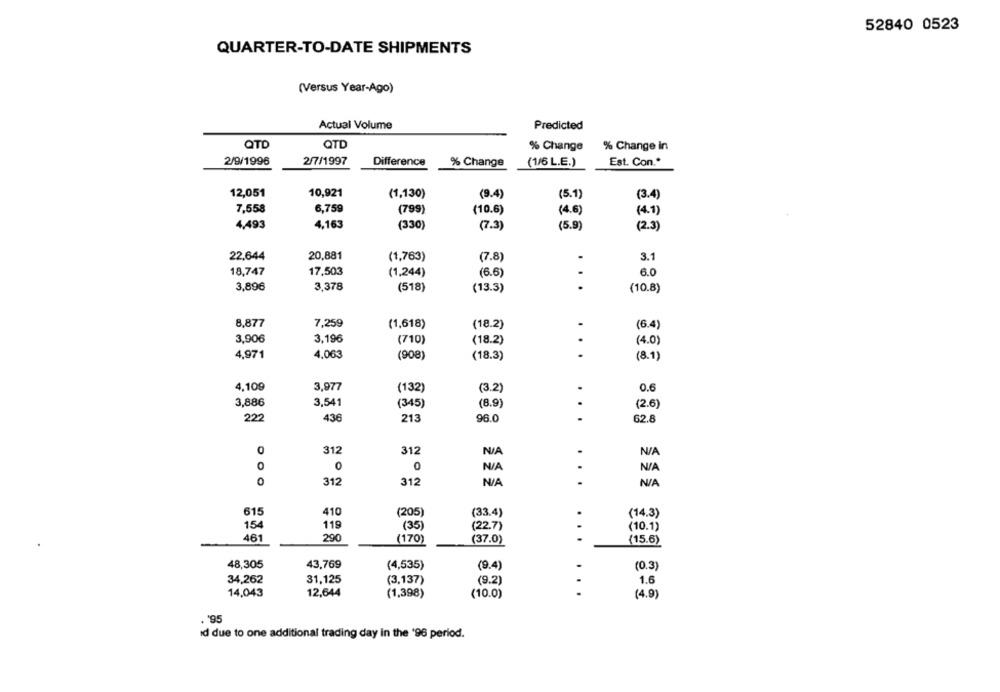
52840 0523
QUARTER-TO-DATE SHIPMENTS
(Versus Year-Ago)
Actual Volume
Predicted
QTD
QTD
% Change
% Change in
2/9/1996
2/7/1997
Difference
% Change
(1/6 L.E.)
Est. Con .*
12,051
10,921
(1,130)
(9.4)
(5.1)
(3.4)
6,759
7,558
(799)
(10.6)
(4.6)
(4.1)
4,493
4,163
(330)
(7.3)
(5.9)
(2.3)
22.644
20,881
3.1
(1,763)
(7.8)
18,747
17,503
(1,244)
(6.6)
6.0
3,896
3,378
(518)
(13.3)
...
(10.8)
8,877
7,259
(1,618)
(18.2)
(6.4)
3,906
3,196
(710)
(18.2)
(4.0)
4,971
4,063
(908)
(18.3)
...
(8.1)
4,109
3,977
(132)
0.6
(3.2)
3,886
3,541
(345)
(8.9)
(2.6)
222
436
213
96.0
...
62.8
312
312
0
0
0
312
312
...
615
410
(205)
(33.4)
.
(14.3)
154
119
(22.7)
(35)
(10.1)
461
290
(170)
(37.0)
-
(15.6)
48,305
43,769
(4,535)
(9.4)
(0.3)
34,262
31,125
(3,137)
(9.2)
1.6
14,043
12,644
(1,398)
(10.0)
...
(4.9)
. 195
id due to one additional trading day in the '96 period.